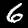
Digit: 6